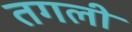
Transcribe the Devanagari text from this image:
तगली